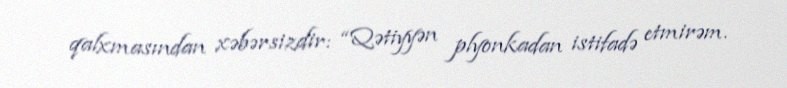
qalxmasından xəbərsizdir: “Qətiyyən plyonkadan istifadə etmirəm.